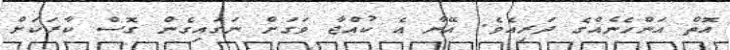
އޮތް އަންހެނެއްގެ ދަރިއެވެ. އޭނާ އެ ކުއްޖާ ވަގަށް ނަގައިގެން ގޮސް ކާރަކަށް